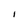
Character: 1